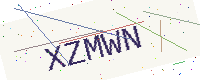
Text: XZMWN